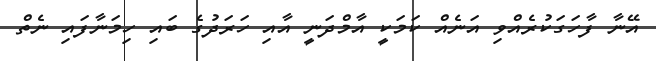
އޭނާ ފާހަގަކުރެއްވި އަނެއް ކަމަކީ އާމްދަނީ އާއި ހަރަދުގެ ބައި ހިމަނާފައި ނެތް